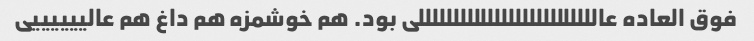
فوق العاده عاللللللللللللللللللللللللللی بود. هم خوشمزه هم داغ هم عالییییییی